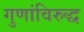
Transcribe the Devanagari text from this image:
गुणांविरुद्ध